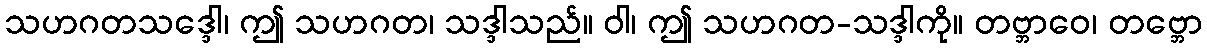
သဟဂတသဒ္ဒေါ၊ ဤ သဟဂတ၊ သဒ္ဒါသည်။ ဝါ၊ ဤ သဟဂတ-သဒ္ဒါကို။ တဗ္ဘာဝေ၊ တဗ္ဘော